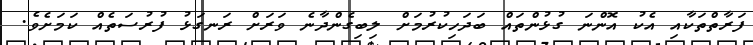
ފަރާތްތަކާއި އެކު އޮންނަ ގުޅުންތައް ބަދަހިކުރުމަށް ލިބިގެންދާނެ ވަރަށް ރަނގަޅު ފުރުސަތެއް ކަމަށެވެ.